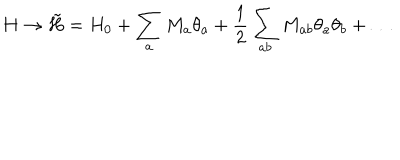
LaTeX: H \rightarrow \tilde { H } = H _ { 0 } + \sum _ { a } M _ { a } \theta _ { a } + \frac { 1 } { 2 } \sum _ { a b } M _ { a b } \theta _ { a } \theta _ { b } + \ldots